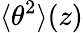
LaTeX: \langle\theta^{2}\rangle(z)